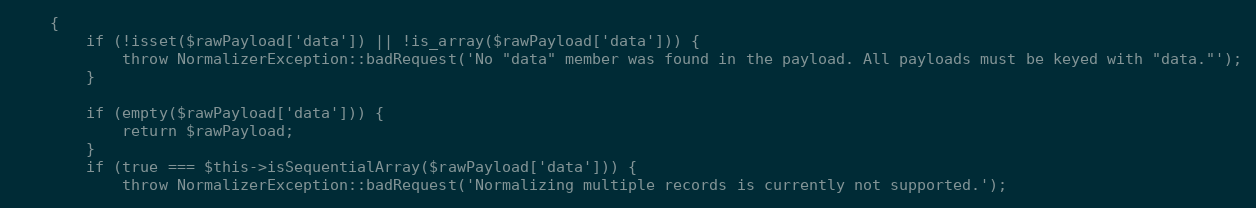
Language: PHP
    {
        if (!isset($rawPayload['data']) || !is_array($rawPayload['data'])) {
            throw NormalizerException::badRequest('No "data" member was found in the payload. All payloads must be keyed with "data."');
        }

        if (empty($rawPayload['data'])) {
            return $rawPayload;
        }
        if (true === $this->isSequentialArray($rawPayload['data'])) {
            throw NormalizerException::badRequest('Normalizing multiple records is currently not supported.');